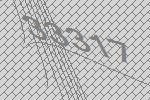
33317